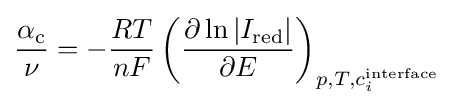
{\frac {\alpha _{\rm {c}}}{\nu }}=-{\frac {RT}{nF}}\left({\frac {\partial \ln |I_{\rm {red}}|}{\partial E}}\right)_{p,T,c_{i}^{\rm {interface}}}